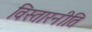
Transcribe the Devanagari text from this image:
विस्तारनीति